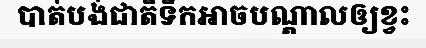
បាត់បង់ជាតិទឹកអាចបណ្តាលឲ្យខ្វះ